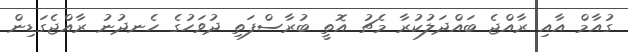
ގުއާމް އާއި ރާއްޖެ ބައްދަލުކުރާ މެޗު އޮތީ ބުރާސްފަތި ދުވަހުގެ ހެނދުނު ރާއްޖެގަޑިން